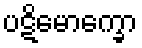
ပဋိမောက္ခော